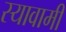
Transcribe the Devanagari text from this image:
स्यावामी